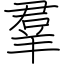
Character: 羣